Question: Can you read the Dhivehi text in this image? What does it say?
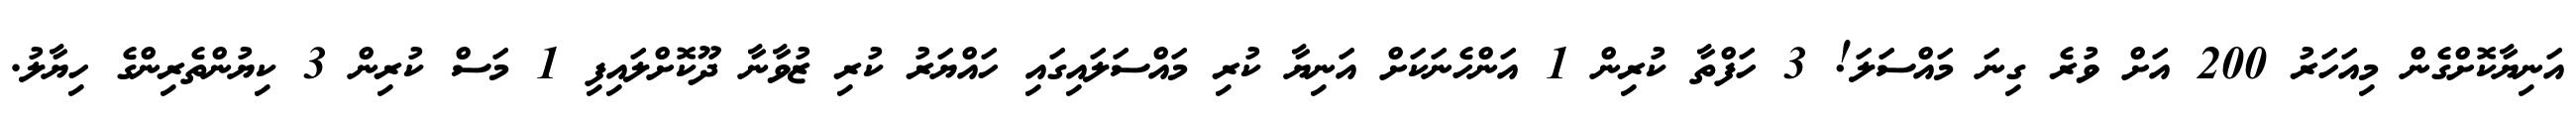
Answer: އަނިޔާކޮށްގެން މިއަހަރު 200 އަށް ވުރެ ގިނަ މައްސަލަ! 3 ހަފްތާ ކުރިން 1 އަންހެނަކަށް އަނިޔާ ކުރި މައްސަލައިގައި ހައްޔަރު ކުރި ޒުވާނާ ދޫކޮށްލައިފި 1 މަސް ކުރިން 3 ކިޔުންތެރިންގެ ހިޔާލު.